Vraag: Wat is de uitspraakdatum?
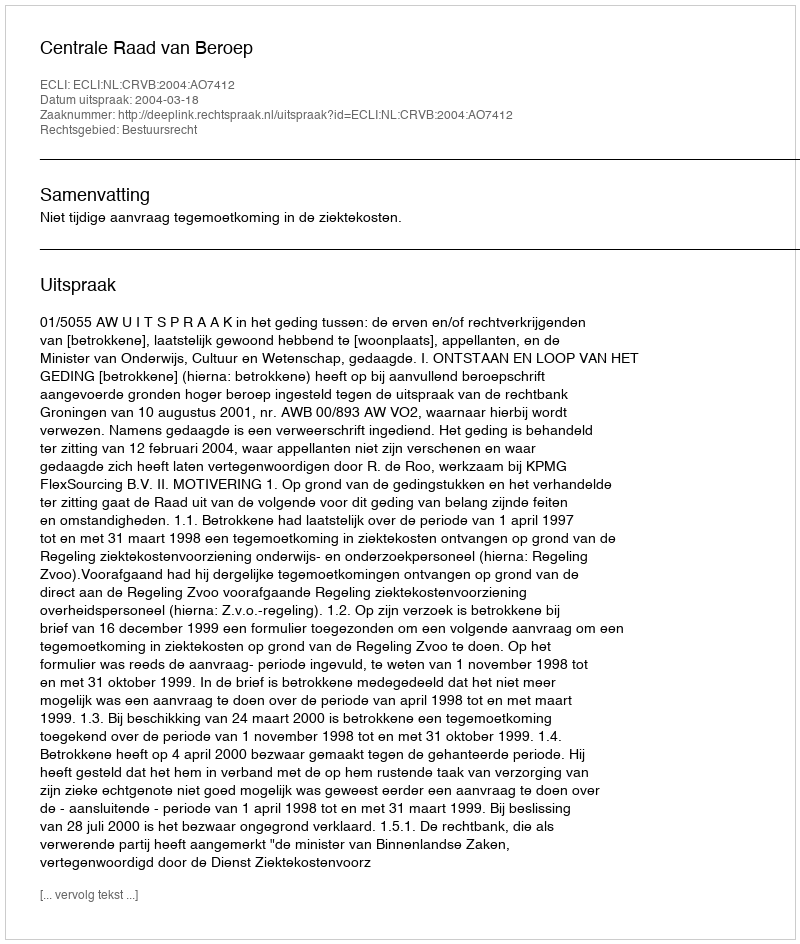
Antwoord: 2004-03-18